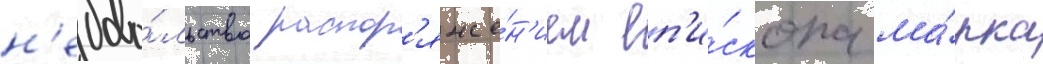
н'едово́льство распор'яже́н'ием еп'и́скопа ма́рка